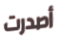
أصدرت